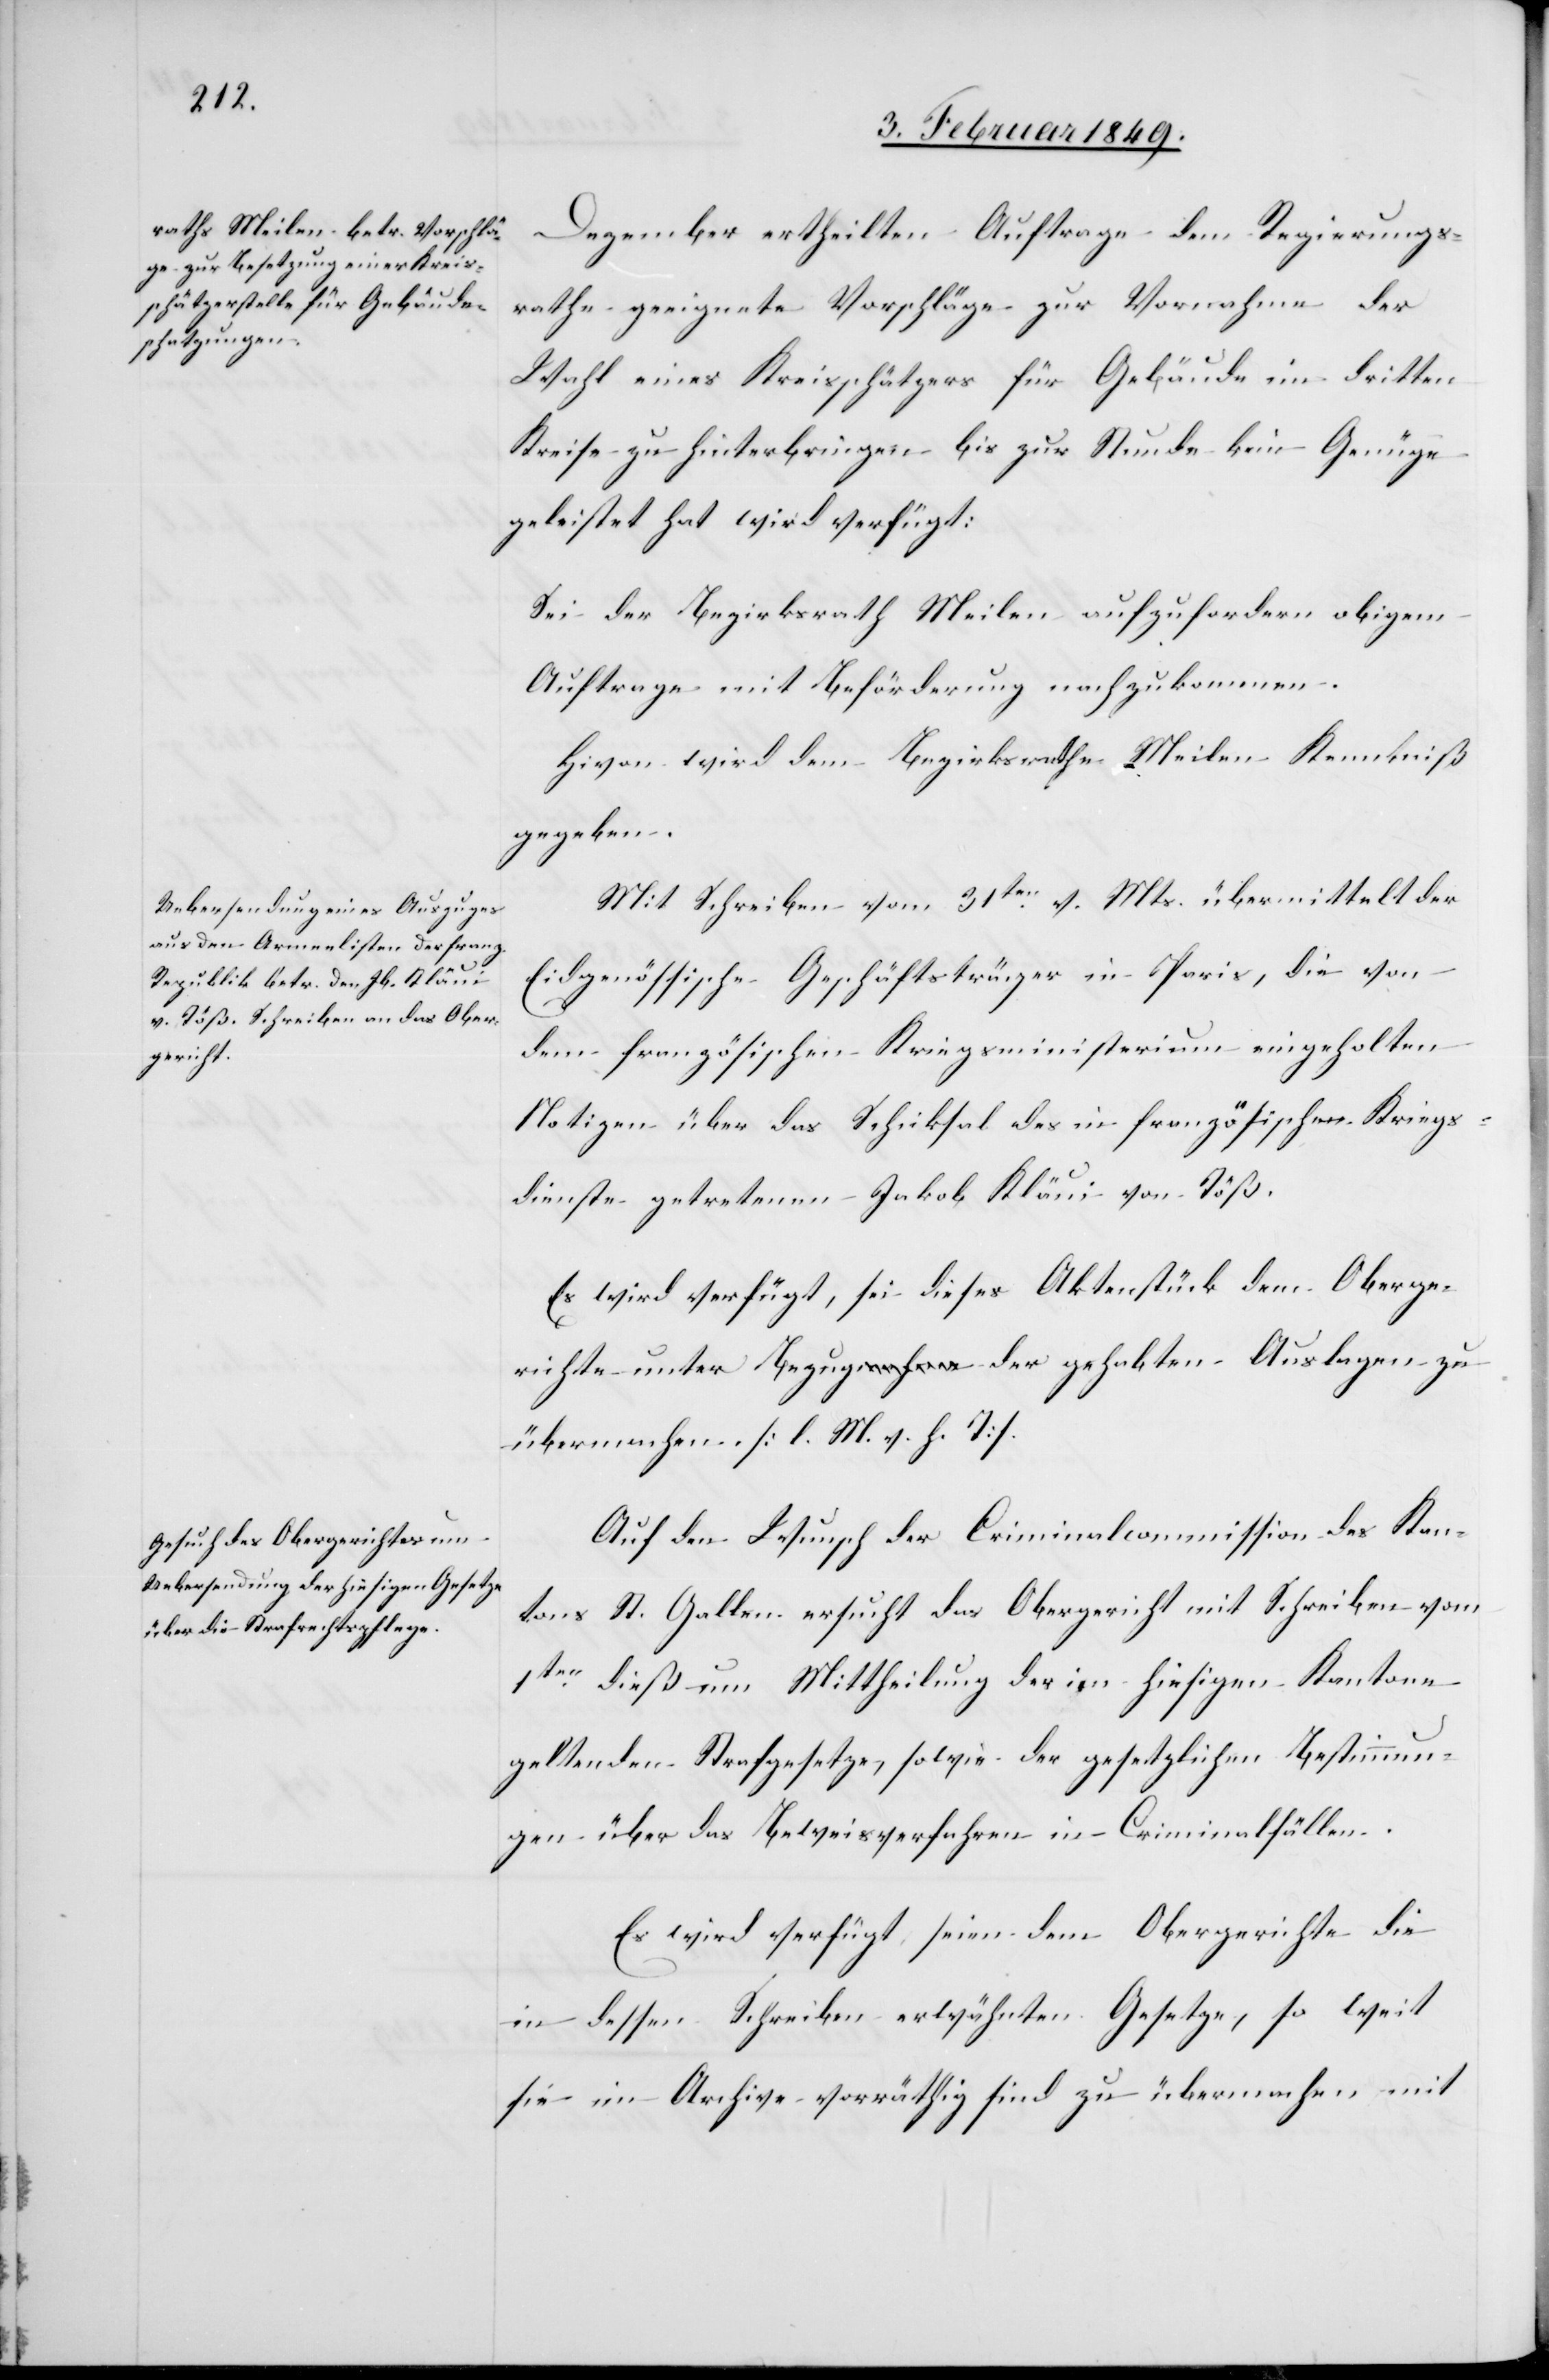
3. Februar 1849.]
Dezember ertheilten Auftrage dem Regierungs¬
rathe geeignete Vorschläge zur Vornahme der
Wahl eines Kreisschätzers für Gebäude im dritten
Kreise zu hinterbringen bis zur Stunde kein Genüge
geleistet hat wird verfügt:
Sei der Bezirksrath Meilen aufzufordern obigem
Auftrage mit Beförderung nachzukommen.
Hievon wird dem Bezirksrathe Meilen Kenntniß
gegeben.
Mit Schreiben vom 31ten. v. Mts. übermittelt der
Eidgenössische Geschäftsträger in Paris, die von
dem französischen Kriegsministerium eingeholten
Notizen über das Schicksal des in französischen Kriegs¬
dienste getretenen Jakob Kläui von Töß.
Es wird verfügt, sei dieses Aktenstück dem Oberge¬
richte unter Bezug der gehabten Auslagen zu
übermachen. [l. M. v. h. T]
Auf den Wunsch der Criminalcommission des Stan¬
des St. Gallen ersucht das Obergericht mit Schreiben vom
1ten. dieß um Mittheilung des im hiesigen Kantone
geltenden Strafgesetze, sowie der gesetzlichen Bestimmun¬
gen über das Beweisverfahren in Criminalfällen.
Es wird verfügt, seien dem Obergerichte die
in dessen Schreiben erwähnten Gesetze, so weit
sie im Archive vorräthig sind zu übermachen mit